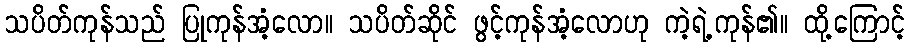
သပိတ်ကုန်သည် ပြုကုန်အံ့လော။ သပိတ်ဆိုင် ဖွင့်ကုန်အံ့လောဟု ကဲ့ရဲ့ကုန်၏။ ထို့ကြောင့်